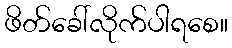
ဖိတ်ခေါ်လိုက်ပါရစေ။